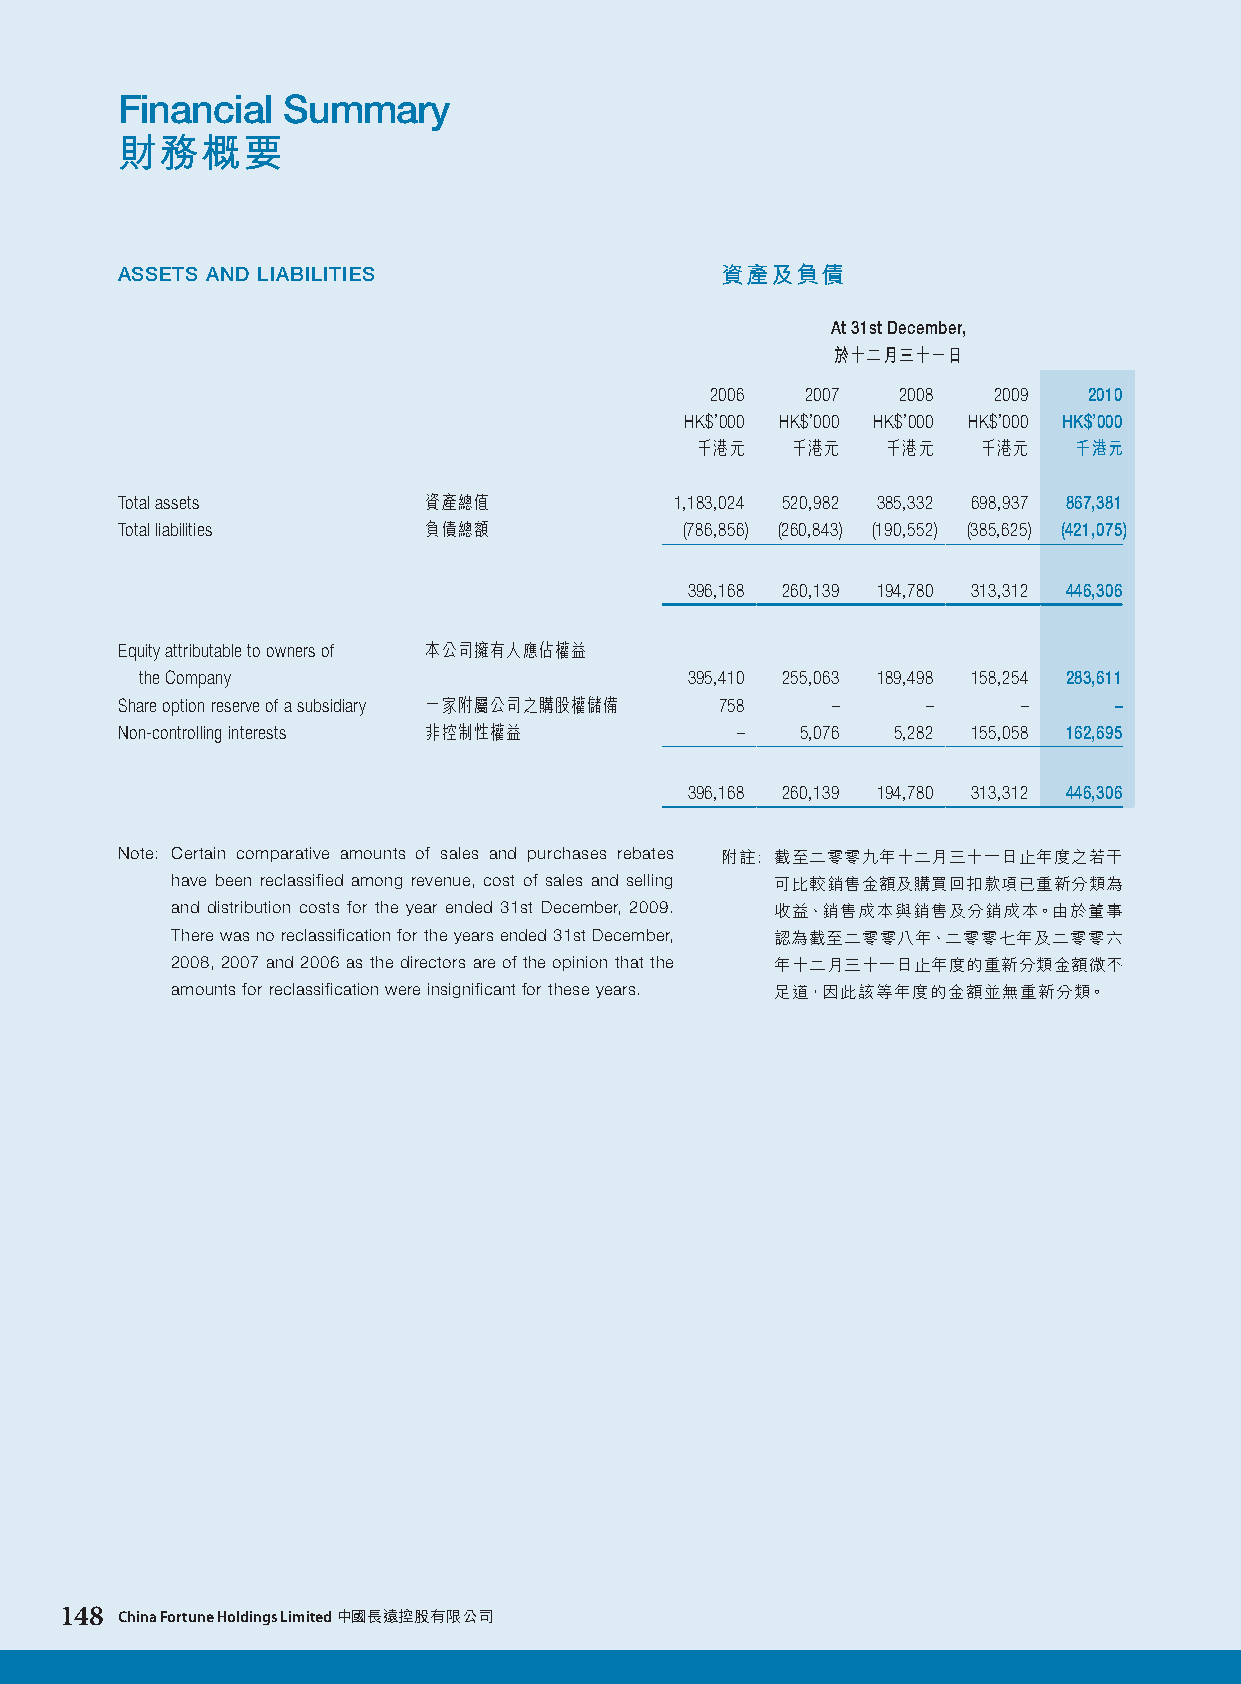
Financial  Summary
 財務概要
 ASSETS AND LIABILITIES                  資產及負債
 At 31st December,
 於十二月三十一日
 2006  2007  2008   2009  2010
 HK$’000 HK$’000 HK$’000 HK$’000 HK$’000
 千港元   千港元    千港元   千港元   千港元
 Total assets        資產總值             1,183,024 520,982 385,332 698,937 867,381
 Total liabilities   負債總額             (786,856) (260,843) (190,552) (385,625) (421,075)
 396,168 260,139 194,780 313,312 446,306
 Equity attributable to owners of 本公司擁有人應佔權益
 the Company                          395,410 255,063 189,498 158,254 283,611
 Share option reserve of a subsidiary 一家附屬公司之購股權儲備 758 – –   –     –
 Non-controlling interests 非控制性權益         –   5,076 5,282 155,058 162,695
 396,168 260,139 194,780 313,312 446,306
 Note: Certain comparative amounts of sales and purchases rebates 附註: 截至二零零九年十二月三十一日止年度之若干
 have been reclassified among revenue, cost of sales and selling 可比較銷售金額及購買回扣款項已重新分類為
 and distribution costs for the year ended 31st December, 2009. 收益、銷售成本與銷售及分銷成本。由於董事
 There was no reclassification for the years ended 31st December, 認為截至二零零八年、二零零七年及二零零六
 2008, 2007 and 2006 as the directors are of the opinion that the 年十二月三十一日止年度的重新分類金額微不
 amounts for reclassification were insignificant for these years. 足道，因此該等年度的金額並無重新分類。
 148 China Fortune Holdings Limited 中國長遠控股有限公司